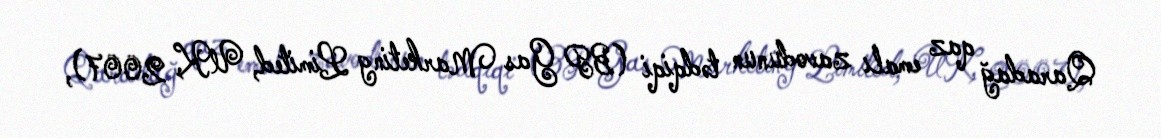
Qaradağ qaz emalı zavodunun tədqiqi (BP Gas Marketing Limited, UK, 2007),